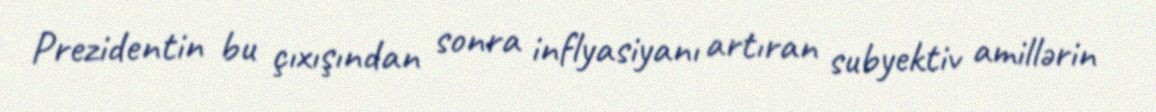
Prezidentin bu çıxışından sonra inflyasiyanı artıran subyektiv amillərin